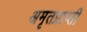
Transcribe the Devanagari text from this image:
अमृतप्राप्ती